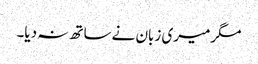
مگرمیری زبان نےساتھ نہ دیا۔